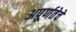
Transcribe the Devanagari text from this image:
अपूर्णतेचे